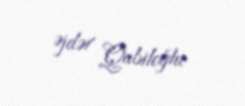
Əjdər Qabiloğlu